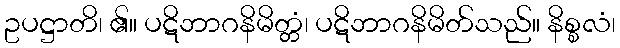
ဥပဋ္ဌာတိ၊ ၏။ ပဋိဘာဂနိမိတ္တံ၊ ပဋိဘာဂနိမိတ်သည်။ နိစ္စလံ၊